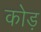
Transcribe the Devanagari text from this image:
कोड़